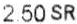
2.50 SR